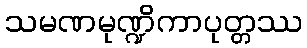
သမဏမုဏ္ဍိကာပုတ္တဿ